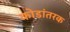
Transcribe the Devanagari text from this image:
कोडांतरक